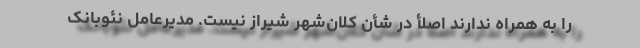
را به همراه ندارند اصلأ در شأن کلان‌شهر شیراز نیست. مدیرعامل نئوبانک